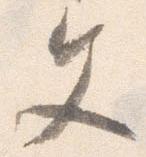
文